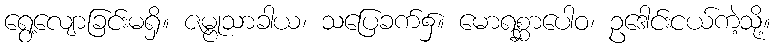
ရွေ့လျောခြင်းမရှိ။ ဇမ္ဗုသာခါယ၊ သပြေခက်၌။ မောရစ္ဆာပေါဝ၊ ဥဒေါင်းငယ်ကဲ့သို့။